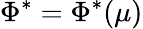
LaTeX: \Phi^{*}=\Phi^{*}(\mu)